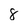
Character: 8